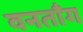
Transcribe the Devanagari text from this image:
वनताँग